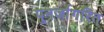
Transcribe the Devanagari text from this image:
पुनर्जागरित